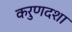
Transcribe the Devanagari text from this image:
करुणदशा